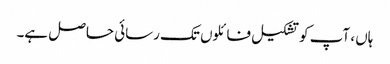
ہاں ، آپ کو تشکیل فائلوں تک رسائی حاصل ہے۔